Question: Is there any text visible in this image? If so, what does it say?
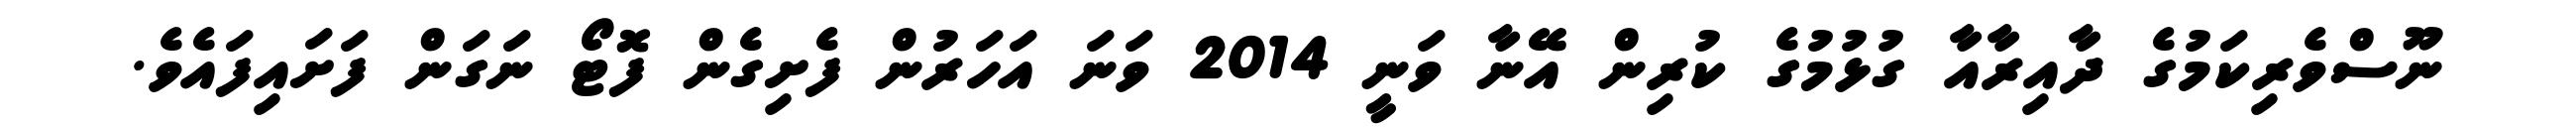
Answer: ނޫސްވެރިކަމުގެ ދާއިރާއާ ގުޅުމުގެ ކުރިން އޭނާ ވަނީ 2014 ވަނަ އަހަރުން ފެށިގެން ފޮޓޯ ނަގަން ފަށައިފައެވެ.